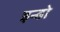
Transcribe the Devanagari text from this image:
इन्डो